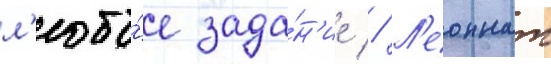
л'юбо́е зада́н'ие // Л'еоннат